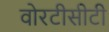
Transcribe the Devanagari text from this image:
वोरटीसीटी